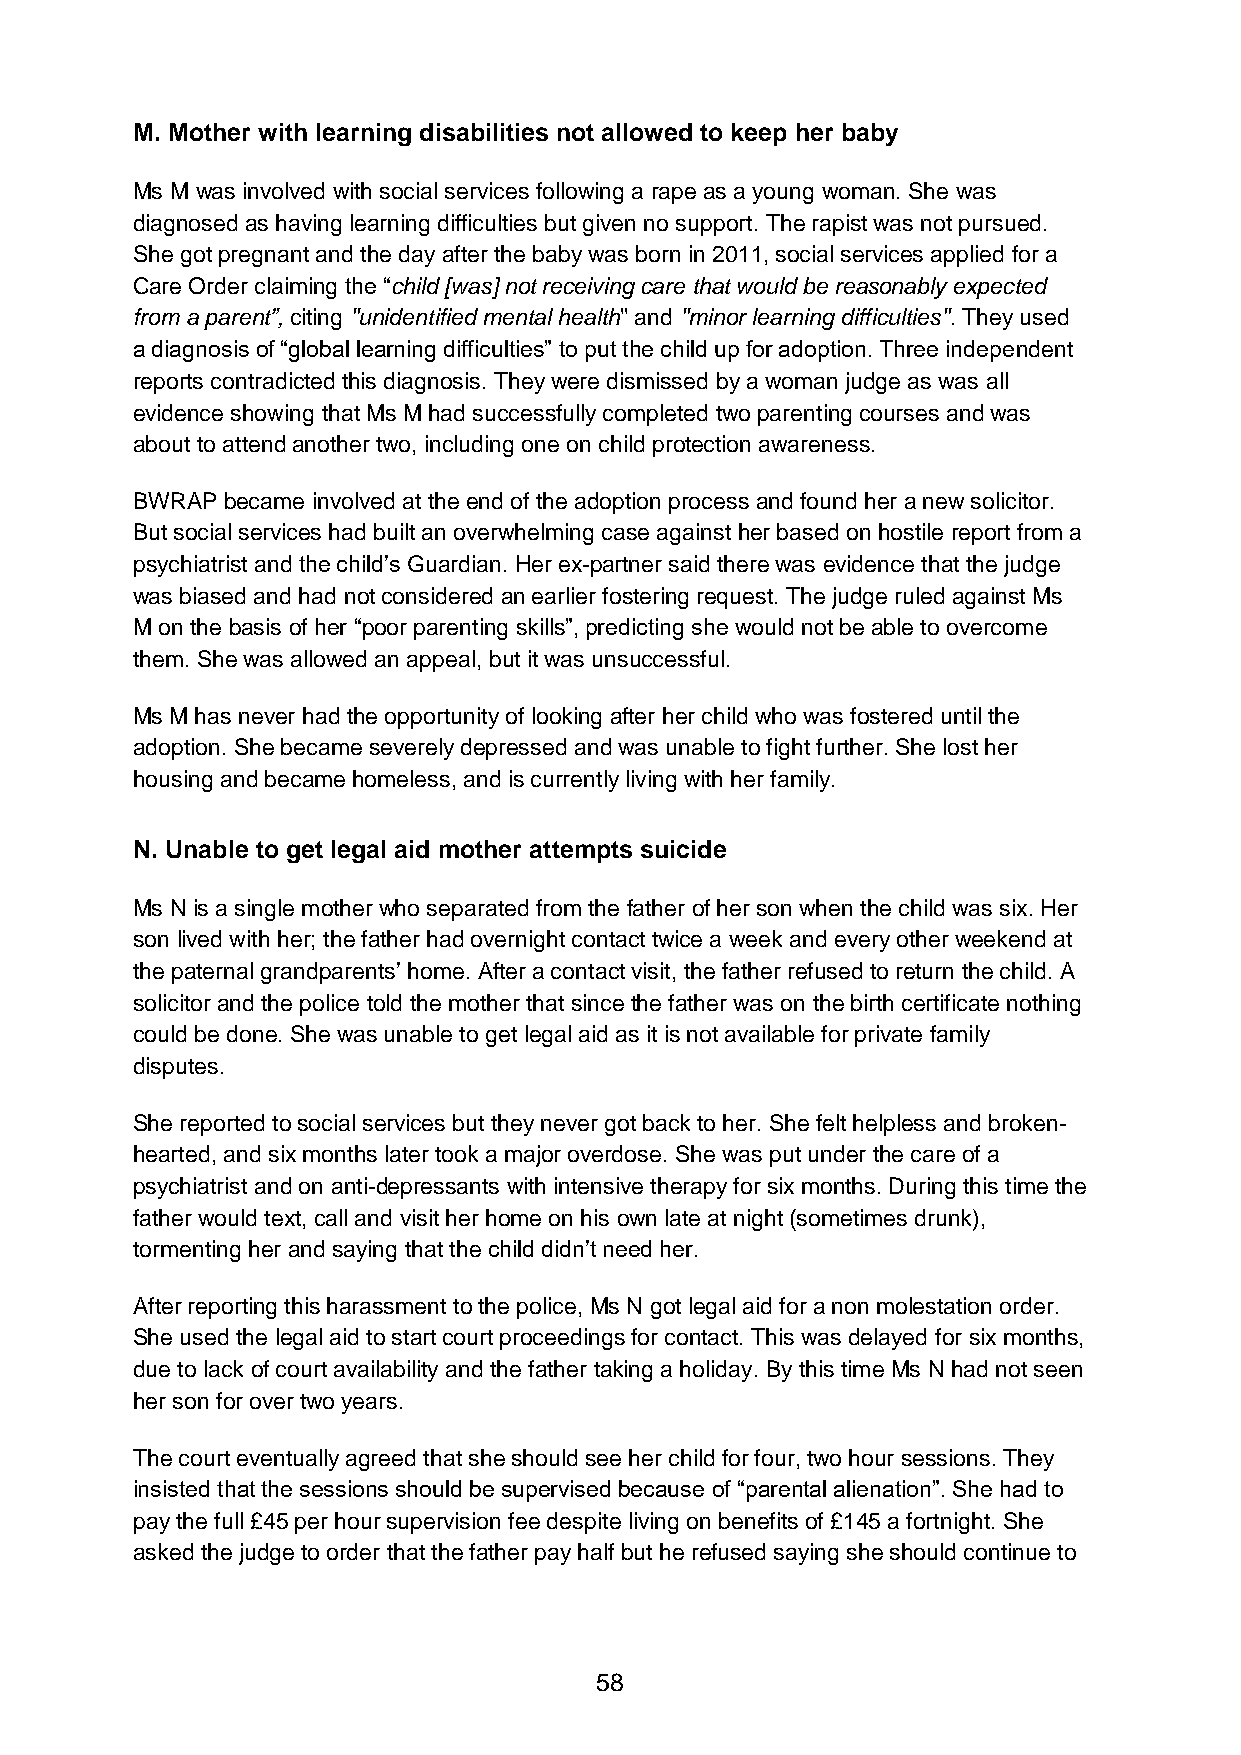
M. Mother with learning disabilities not allowed to keep her baby
 Ms M was involved with social services following a rape as a young woman. She was
 diagnosed as having learning difficulties but given no support. The rapist was not pursued.
 She got pregnant and the day after the baby was born in 2011, social services applied for a
 Care Order claiming the “child [was] not receiving care that would be reasonably expected
 from a parent”, citing ''unidentified mental health'' and ''minor learning difficulties''. They used
 a diagnosis of “global learning difficulties” to put the child up for adoption. Three independent
 reports contradicted this diagnosis. They were dismissed by a woman judge as was all
 evidence showing that Ms M had successfully completed two parenting courses and was
 about to attend another two, including one on child protection awareness.
 BWRAP became involved at the end of the adoption process and found her a new solicitor.
 But social services had built an overwhelming case against her based on hostile report from a
 psychiatrist and the child’s Guardian. Her ex-partner said there was evidence that the judge
 was biased and had not considered an earlier fostering request. The judge ruled against Ms
 M on the basis of her “poor parenting skills”, predicting she would not be able to overcome
 them. She was allowed an appeal, but it was unsuccessful.
 Ms M has never had the opportunity of looking after her child who was fostered until the
 adoption. She became severely depressed and was unable to fight further. She lost her
 housing and became homeless, and is currently living with her family.
 N. Unable to get legal aid mother attempts suicide
 Ms N is a single mother who separated from the father of her son when the child was six. Her
 son lived with her; the father had overnight contact twice a week and every other weekend at
 the paternal grandparents’ home. After a contact visit, the father refused to return the child. A
 solicitor and the police told the mother that since the father was on the birth certificate nothing
 could be done. She was unable to get legal aid as it is not available for private family
 disputes.
 She reported to social services but they never got back to her. She felt helpless and broken-
 hearted, and six months later took a major overdose. She was put under the care of a
 psychiatrist and on anti-depressants with intensive therapy for six months. During this time the
 father would text, call and visit her home on his own late at night (sometimes drunk),
 tormenting her and saying that the child didn’t need her.
 After reporting this harassment to the police, Ms N got legal aid for a non molestation order.
 She used the legal aid to start court proceedings for contact. This was delayed for six months,
 due to lack of court availability and the father taking a holiday. By this time Ms N had not seen
 her son for over two years.
 The court eventually agreed that she should see her child for four, two hour sessions. They
 insisted that the sessions should be supervised because of “parental alienation”. She had to
 pay the full £45 per hour supervision fee despite living on benefits of £145 a fortnight. She
 asked the judge to order that the father pay half but he refused saying she should continue to
 58